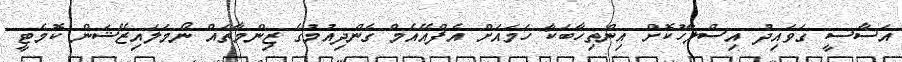
އަސާސީ ގަވައިދު އިސްލާހުކޮށް އިންތިހާބަކާ ހަމައަށް އެފްއޭއެމް ގެންދިއުމުގެ ޒިންމާތައް ނޯމަލައިޒޭޝަން ކޮމެޓީ